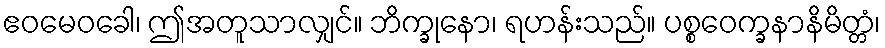
ဧဝမေဝခေါ၊ ဤအတူသာလျှင်။ ဘိက္ခုနော၊ ရဟန်းသည်။ ပစ္စဝေက္ခနာနိမိတ္တံ၊